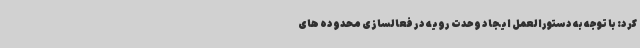
کرد: با توجه به دستورالعمل ایجاد وحدت رویه در فعالسازی محدوده های